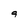
Character: 9